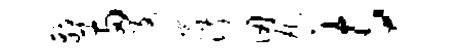
戟两孜琬淑仞丸寺